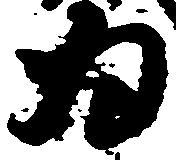
為